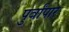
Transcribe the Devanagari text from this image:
पुर्वांपार